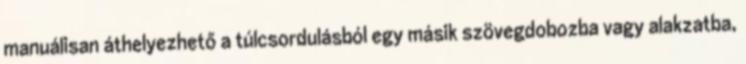
manuálisan áthelyezhető a túlcsordulásból egy másik szövegdobozba vagy alakzatba,